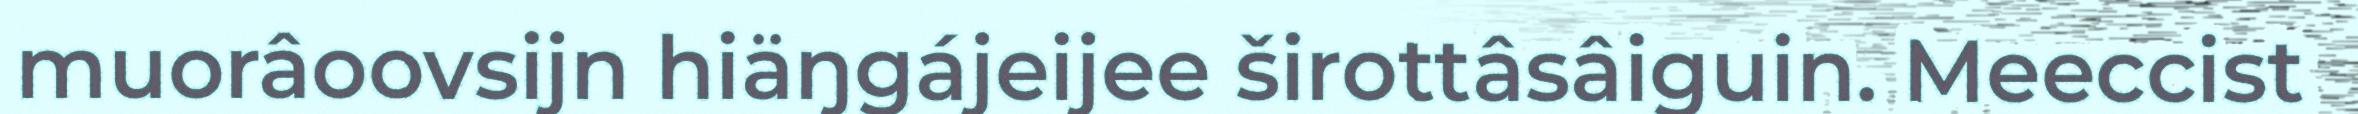
muorâoovsijn hiäŋgájeijee širottâsâiguin. Meeccist